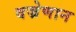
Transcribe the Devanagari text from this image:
वज्रेणान